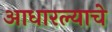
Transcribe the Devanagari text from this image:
आधारल्याचे